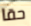
حقا